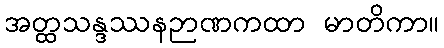
အတ္ထသန္ဒဿနဉာဏကထာ မာတိကာ။